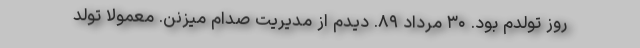
روز تولدم بود. ۳۰ مرداد ۸۹. دیدم از مدیریت صدام میزنن. معمولا تولد